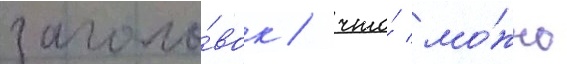
заголо́вок / что́ мо́жно